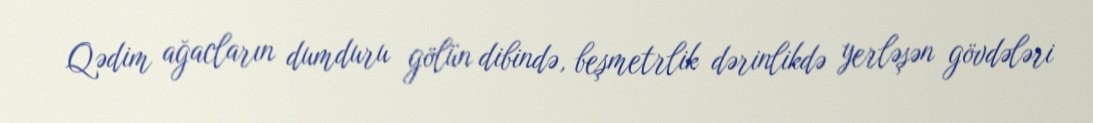
Qədim ağacların dumduru gölün dibində, beşmetrlik dərinlikdə yerləşən gövdələri